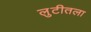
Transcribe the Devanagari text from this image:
लुटीतला